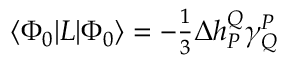
\begin{array} { r } { \langle { \Phi _ { 0 } } | L | { \Phi _ { 0 } } \rangle = - \frac { 1 } { 3 } \Delta h _ { P } ^ { Q } \gamma _ { Q } ^ { P } } \end{array}